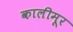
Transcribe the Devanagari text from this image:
कालीमूर